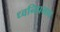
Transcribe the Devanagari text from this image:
ध्वनिप्रभाव